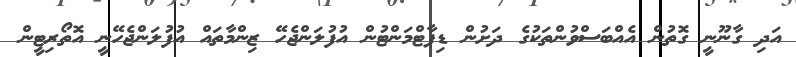
އަދި ގާނޫނީ ގޮތުން އެއްބަސްވުންތަކުގެ ދަށުން ޑިޕާޓްމަންޓުން އުފުލަންޖެހޭ ޒިންމާތައް އުފުލަންޖެހޭނީ އޮތޯރިޓީން